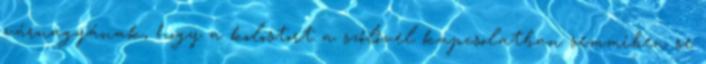
várnagyának, hogy a kolostort a szőlővel kapcsolatban semmiben se